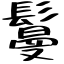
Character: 鬘